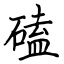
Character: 磕